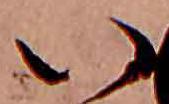
い